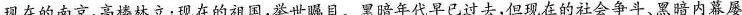
现在的南京，高楼林立；现在的祖国，举世瞩目。黑暗年代早已过去，但现在的社会争斗、黑暗内幕屡